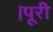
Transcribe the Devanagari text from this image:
।पूरी